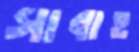
সাবাহ